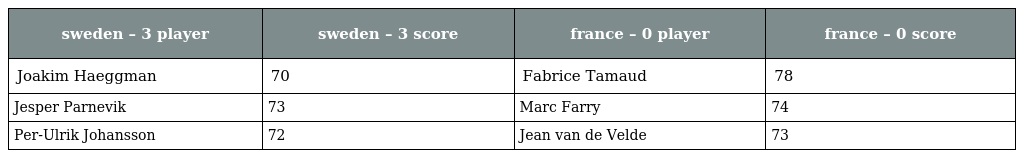
| sweden – 3 player | sweden – 3 score | france – 0 player | france – 0 score |
 | --- | --- | --- | --- |
 | Joakim Haeggman | 70 | Fabrice Tamaud | 78 |
 | Jesper Parnevik | 73 | Marc Farry | 74 |
 | Per-Ulrik Johansson | 72 | Jean van de Velde | 73 |